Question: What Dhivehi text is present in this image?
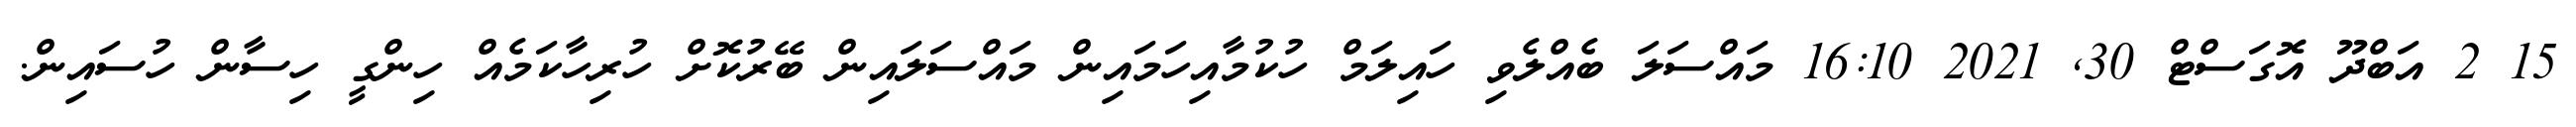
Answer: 15 2 އަބްދޫ އޮގަސްޓް 30, 2021 16:10 މައްސަލަ ބެއްލެވި ހައިލަމް ހުކުމާއިހަމައިން މައްސަލައިން ބޭރުކޮށް ހުރިހާކަމެއް ހިންގީ ހިސާން ހުސައިން.